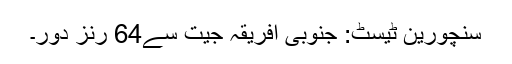
سنچورین ٹیسٹ: جنوبی افریقہ جیت سے64 رنز دور۔